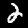
Digit: 2